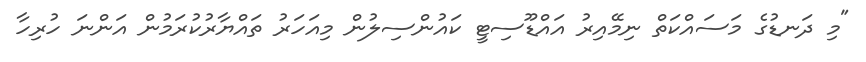
"މި ދަނޑުގެ މަސައްކަތް ނިމޭއިރު އައްޑޫސިޓީ ކައުންސިލުން މިއަހަރު ތައްޔާރުކުރަމުން އަންނަ ހުރިހާ